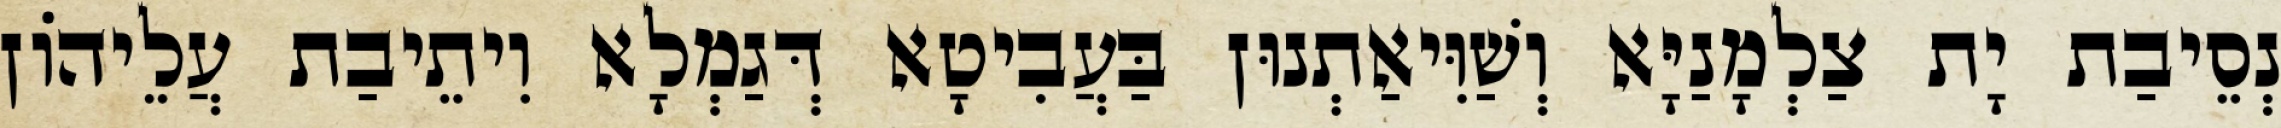
נְסֵיבַת יָת צַלְמָנַיָּא וְשַׁוִּיאַתְנוּן בַּעֲבִיטָא דְּגַמְלָא וִיתֵיבַת עֲלֵיהוֹן